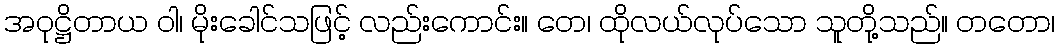
အဝုဋ္ဌိတာယ ဝါ၊ မိုးခေါင်သဖြင့် လည်းကောင်း။ တေ၊ ထိုလယ်လုပ်သော သူတို့သည်။ တတော၊